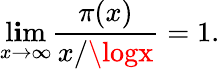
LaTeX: \operatorname*{l\mathbf{i}m}_{x\to\infty}{\frac{{\pi(x)}}{{x/\logx}}}=1.